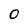
Character: O